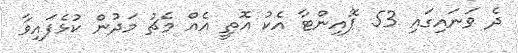
ދެ ވަނައިގައި 53 ޕޮއިންޓާ އެކު އޮތީ އެއް މެޗު މަދުން ކުޅެފައިވާ